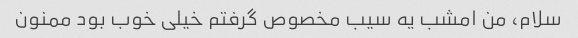
سلام، من امشب یه سیب مخصوص گرفتم خیلی خوب بود ممنون